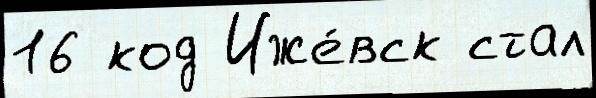
16 код Иже́вск стал